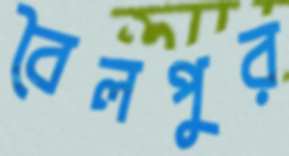
বৈলপুর